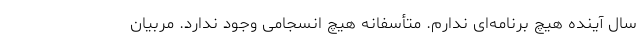
سال آینده هیچ برنامه‌ای ندارم. متأسفانه هیچ انسجامی وجود ندارد. مربیان